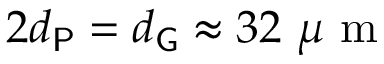
2 d _ { \mathsf { P } } = d _ { \mathsf { G } } \approx 3 2 ~ \mu \textrm { m }